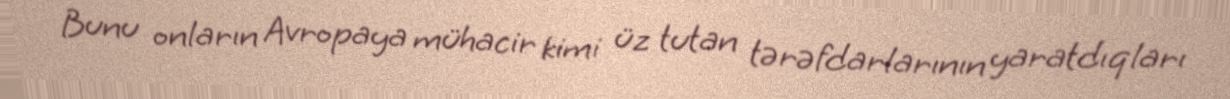
Bunu onların Avropaya mühacir kimi üz tutan tərəfdarlarının yaratdıqları